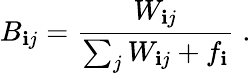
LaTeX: B_{\mathbf{i}j}=\frac{{W_{\mathbf{i}j}}}{{\sum_{j}W_{\mathbf{i}j}+f_{\mathbf{i}}}}\; .